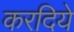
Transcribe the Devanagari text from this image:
करदिये